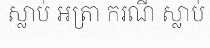
ស្លាប់ អត្រា ករណី ស្លាប់